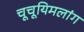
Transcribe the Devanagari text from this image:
चूचूयिमलांग